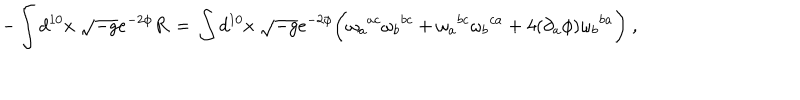
LaTeX: - \int d ^ { 1 0 } x \ \sqrt { - g } e ^ { - 2 \phi } R \, = \, \int d ^ { 1 0 } x \ \sqrt { - g } e ^ { - 2 \phi } \biggl ( \omega _ { a } { } ^ { a c } \omega _ { b } { } ^ { b c } + \omega _ { a } { } ^ { b c } \omega _ { b } { } ^ { c a } + 4 ( \partial _ { a } \phi ) \omega _ { b } { } ^ { b a } \biggr ) \ ,